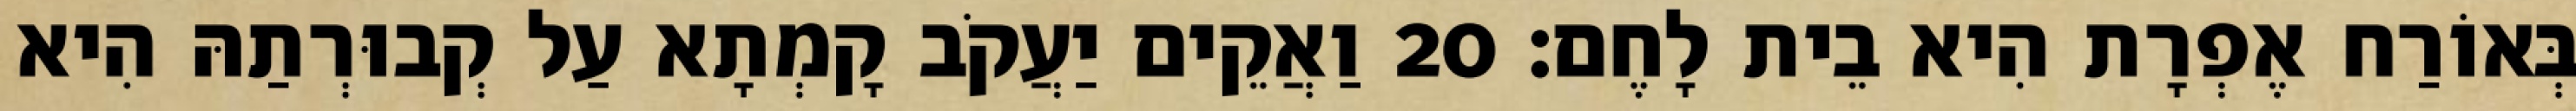
בְּאוֹרַח אֶפְרָת הִיא בֵית לָחֶם׃ 20 וַאֲקֵים יַעֲקֹב קָמְתָא עַל קְבוּרְתַהּ הִיא